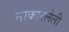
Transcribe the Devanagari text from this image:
नाकारलेली